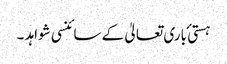
ہستی ٔ باری تعالیٰ کے سائنسی شواہد ۔